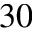
3 0